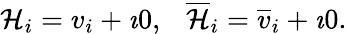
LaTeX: {\cal H}_{i}=v_{i}+\imath 0,~~~{\cal\overline{{{H}}}}_{i}=\overline{{{v}}}_{i}+\imath 0.